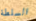
السلطة